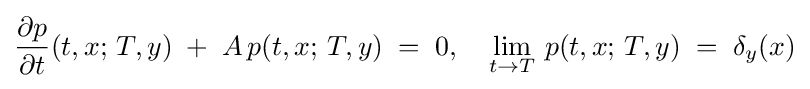
{\frac {\partial p}{\partial t}}(t,x;\,T,y)\;+\;A\,p(t,x;\,T,y)\;=\;0,\quad \lim _{t\to T}\,p(t,x;\,T,y)\;=\;\delta _{y}(x)